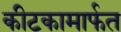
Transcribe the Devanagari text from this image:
कीटकामार्फत